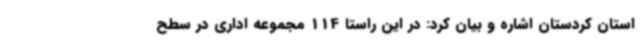
استان کردستان اشاره و بیان کرد: در این راستا 114 مجموعه اداری در سطح